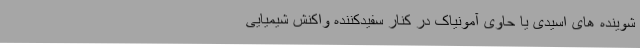
شوینده های اسیدی یا حاوی آمونیاک در کنار سفیدکننده واکنش شیمیایی